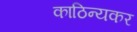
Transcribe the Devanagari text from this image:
काठिन्यकर